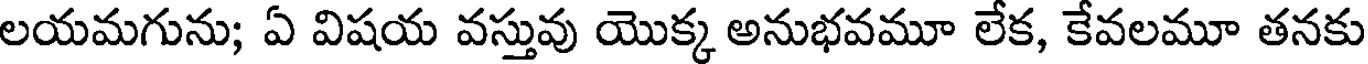
లయమగును; ఏ విషయ వస్తువు యొక్క అనుభవమూ లేక, కేవలమూ తనకు